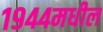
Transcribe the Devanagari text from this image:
१९४४मधील